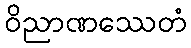
ဝိညာဏဿေတံ